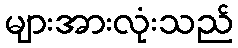
များအားလုံးသည်